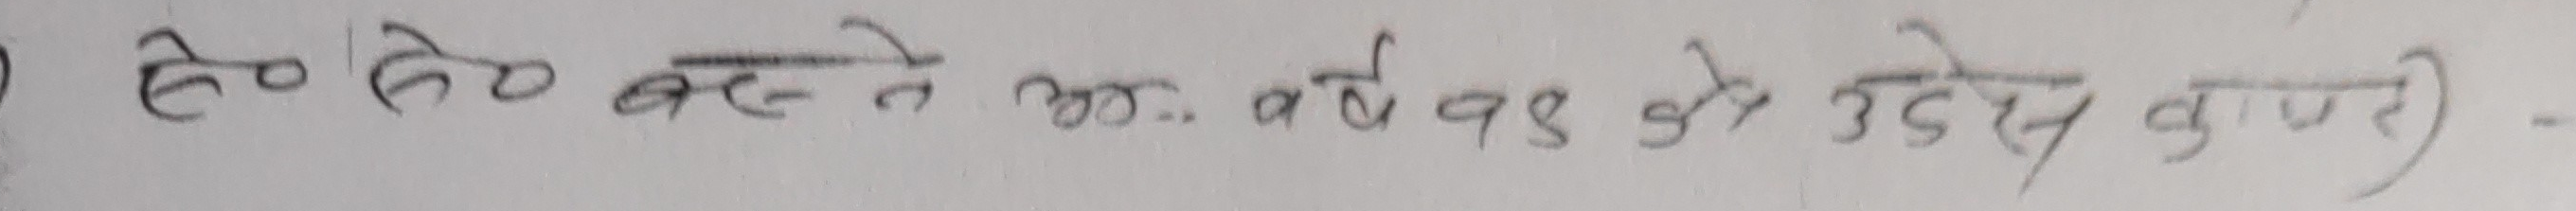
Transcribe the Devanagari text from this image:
हे० हे० बस्ने आ. वर्ष १३ को उदेश्य कणा है-